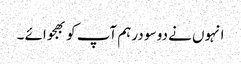
انہوں نے دو سو درہم آپ کو بھجوائے ۔